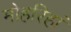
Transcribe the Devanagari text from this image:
मोहरिहां